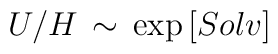
U/H \, \sim \, \exp \left[ Solv \right]